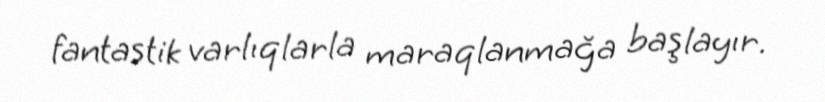
fantastik varlıqlarla maraqlanmağa başlayır.